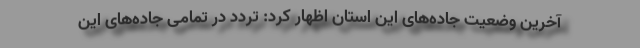
آخرین وضعیت جاده‌های این استان اظهار کرد: تردد در تمامی جاده‌های این